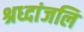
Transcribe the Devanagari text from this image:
श्रध्दांजलि